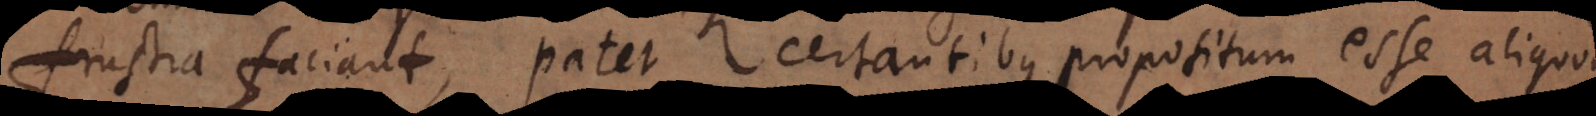
frustra faciant, patet certantibus, propositum esse aliquod